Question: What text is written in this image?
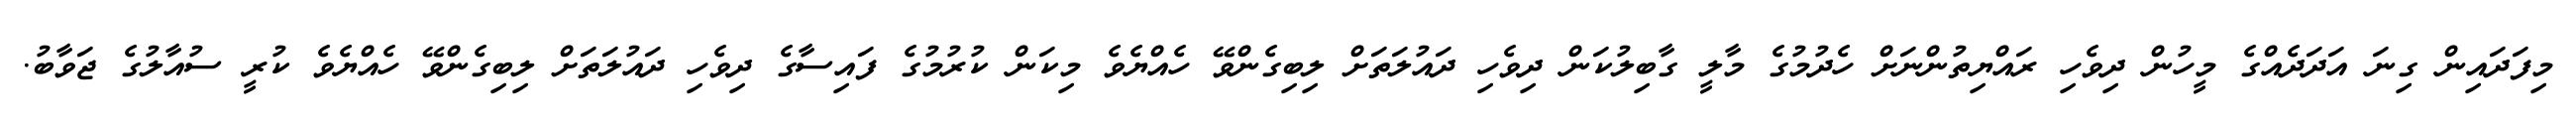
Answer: މިފަދައިން ގިނަ އަދަދެއްގެ މީހުން ދިވެހި ރައްޔިތުންނަށް ހެދުމުގެ މާލީ ގާބިލުކަން ދިވެހި ދައުލަތަށް ލިބިގެންވޭ ހެއްޔެވެ މިކަން ކުރުމުގެ ފައިސާގެ ދިވެހި ދައުލަތަށް ލިބިގެންވޭ ހެއްޔެވެ ކުރީ ސުއާލުގެ ޖަވާބު.